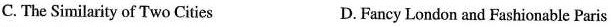
C. The Similarity of Two Cities D.Fancy London and Fashionable Paris